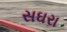
સઘરા